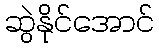
ဆွဲနိုင်အောင်